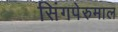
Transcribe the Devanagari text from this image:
सिंगपेरुमाल